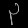
Digit: ၃